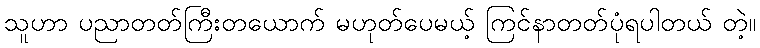
သူဟာ ပညာတတ်ကြီးတယောက် မဟုတ်ပေမယ့် ကြင်နာတတ်ပုံရပါတယ် တဲ့။